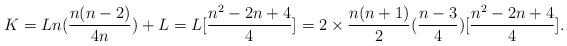
LaTeX: \begin{align*}K=Ln(\frac{n(n-2)}{4n})+L=L[\frac{n^{2}-2n+4}{4}]=2\times \frac{n(n+1)}{2}(\frac{n-3}{4})[\frac{n^{2}-2n+4}{4}].\end{align*}